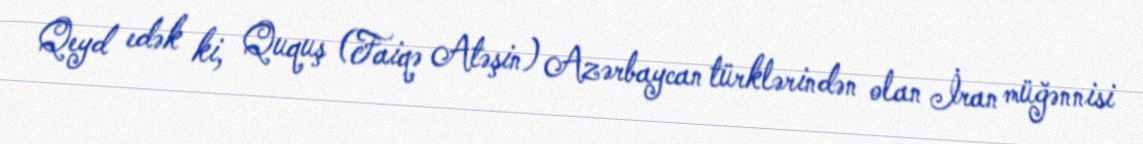
Qeyd edək ki, Ququş (Faiqə Atəşin) Azərbaycan türklərindən olan İran müğənnisi